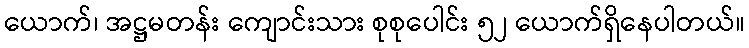
ယောက်၊ အဋ္ဌမတန်း ကျောင်းသား စုစုပေါင်း ၅၂ ယောက်ရှိနေပါတယ်။